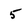
Character: 5